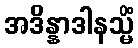
အဒိန္နာဒါနသ္မိံ